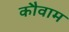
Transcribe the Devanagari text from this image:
कौवाम